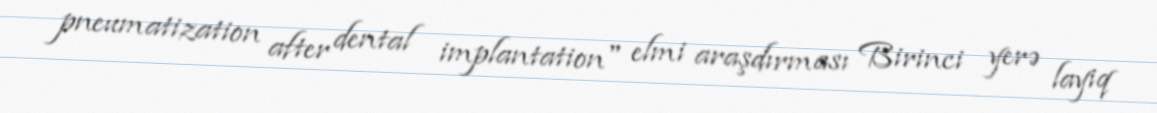
pneumatization after dental implantation" elmi araşdırması Birinci yerə layiq